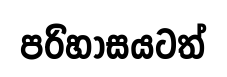
පරිහාසයටත්